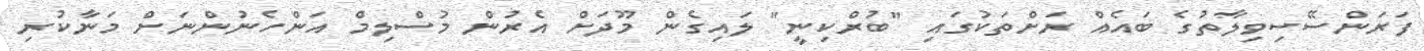
ފަރަންސޭސިވިލާތުގެ ބައެއް ރަށްތަކުގައި "ބުރްކިނީ" ލައިގެން މޫދަށް އެރުން މުސްލިމް އަންހެނުންނަށް މަނާކުރި